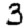
Digit: 3